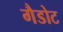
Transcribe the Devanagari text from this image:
गैडोट